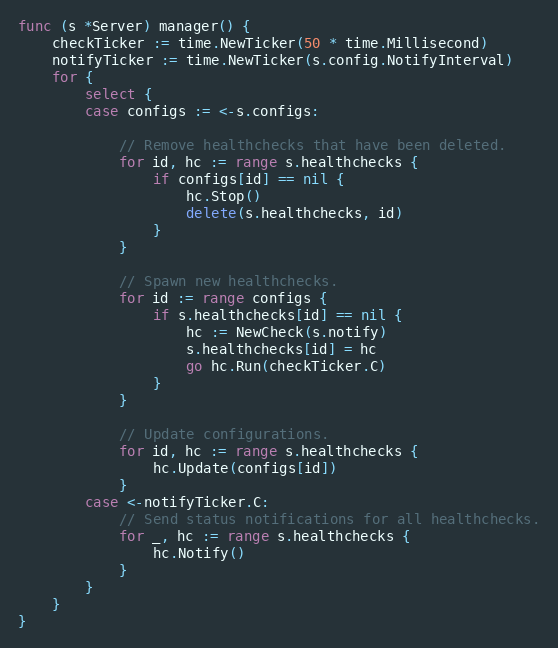
Language: Go
func (s *Server) manager() {
	checkTicker := time.NewTicker(50 * time.Millisecond)
	notifyTicker := time.NewTicker(s.config.NotifyInterval)
	for {
		select {
		case configs := <-s.configs:

			// Remove healthchecks that have been deleted.
			for id, hc := range s.healthchecks {
				if configs[id] == nil {
					hc.Stop()
					delete(s.healthchecks, id)
				}
			}

			// Spawn new healthchecks.
			for id := range configs {
				if s.healthchecks[id] == nil {
					hc := NewCheck(s.notify)
					s.healthchecks[id] = hc
					go hc.Run(checkTicker.C)
				}
			}

			// Update configurations.
			for id, hc := range s.healthchecks {
				hc.Update(configs[id])
			}
		case <-notifyTicker.C:
			// Send status notifications for all healthchecks.
			for _, hc := range s.healthchecks {
				hc.Notify()
			}
		}
	}
}